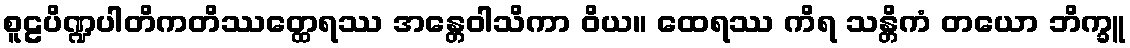
စူဠပိဏ္ဍပါတိကတိဿတ္ထေရဿ အန္တေဝါသိကာ ဝိယ။ ထေရဿ ကိရ သန္တိကံ တယော ဘိက္ခူ